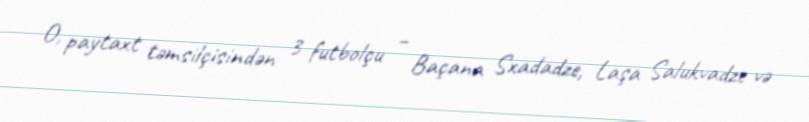
O, paytaxt təmsilçisindən 3 futbolçu – Baçana Sxadadze, Laşa Salukvadze və